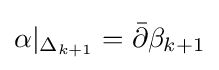
\alpha |_{\Delta _{k+1}}={\bar {\partial }}\beta _{k+1}